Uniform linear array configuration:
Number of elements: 16
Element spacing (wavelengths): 0.5
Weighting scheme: exponential
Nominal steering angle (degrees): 30
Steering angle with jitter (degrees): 29.254
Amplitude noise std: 0.05
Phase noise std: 0.05

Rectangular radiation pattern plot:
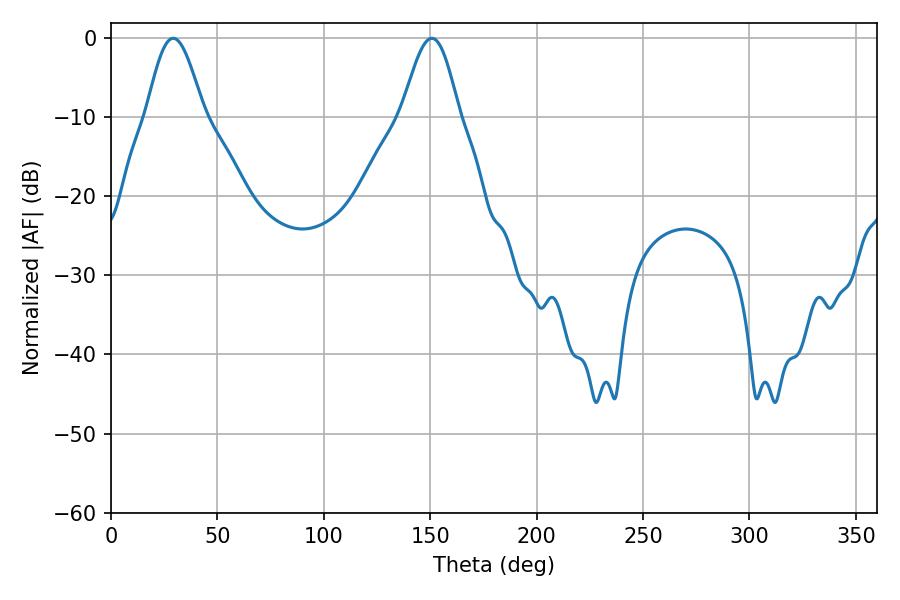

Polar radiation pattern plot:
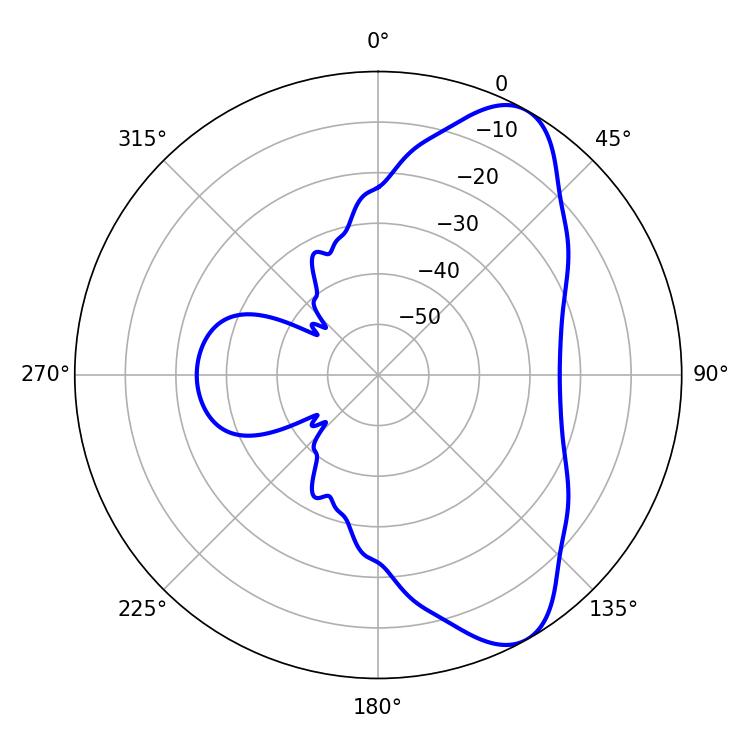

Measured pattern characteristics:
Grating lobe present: FALSE
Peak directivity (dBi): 8.239
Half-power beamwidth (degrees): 14.4
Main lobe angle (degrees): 29.16